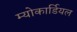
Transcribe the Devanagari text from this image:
म्योकार्डियल